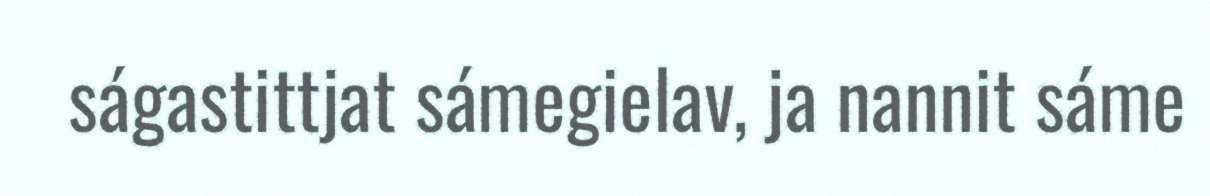
ságastittjat sámegielav, ja nannit sáme